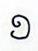
១